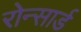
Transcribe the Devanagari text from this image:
रोन्सार्ड